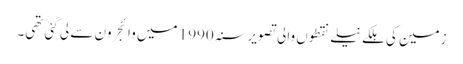
زمین کی ہلکے نیلے نقطوں والی تصویر سنہ 1990 میں وائجر ون سے لی گئی تھی۔